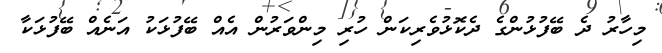
މިހާރު ދެ ބޭފުޅުންގެ ދެކޮޅުވެރިކަން ހުރި މިންވަރުން އެއް ބޭފުޅަކު އަނެއް ބޭފުޅަކާ